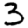
Digit: 3